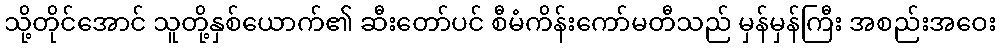
သို့တိုင်အောင် သူတို့နှစ်ယောက်၏ ဆီးတော်ပင် စီမံကိန်းကော်မတီသည် မှန်မှန်ကြီး အစည်းအဝေး